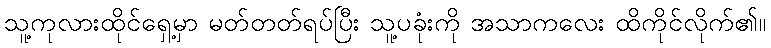
သူ့ကုလားထိုင်ရှေ့မှာ မတ်တတ်ရပ်ပြီး သူ့ပခုံးကို အသာကလေး ထိကိုင်လိုက်၏။